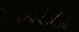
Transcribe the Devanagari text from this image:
मीमराठी